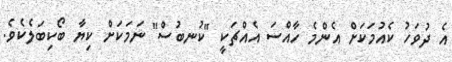
އެ ދުވަހު ކެއުމަކަށް އެންމެ ހާއްސަ އެއްޗަކީ "ކުނބުސް" ނަމަކަށް ކިޔާ ބޯކިބަލެކެވެ.